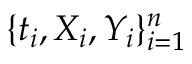
\{ t _ { i } , X _ { i } , Y _ { i } \} _ { i = 1 } ^ { n }